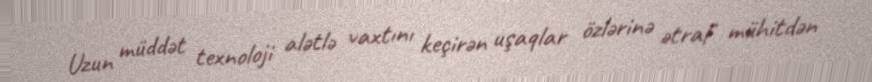
Uzun müddət texnoloji alətlə vaxtını keçirən uşaqlar özlərinə ətraf mühitdən